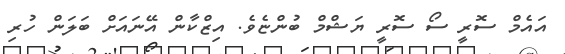
އައެމް ސޮރީ ސޯ ސޮރީ ޔަޝްމް ބުންޏެވެ. އިޒްކާން އޭނައަށް ބަލަން ހުރި